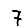
Digit: 7